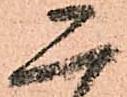
二